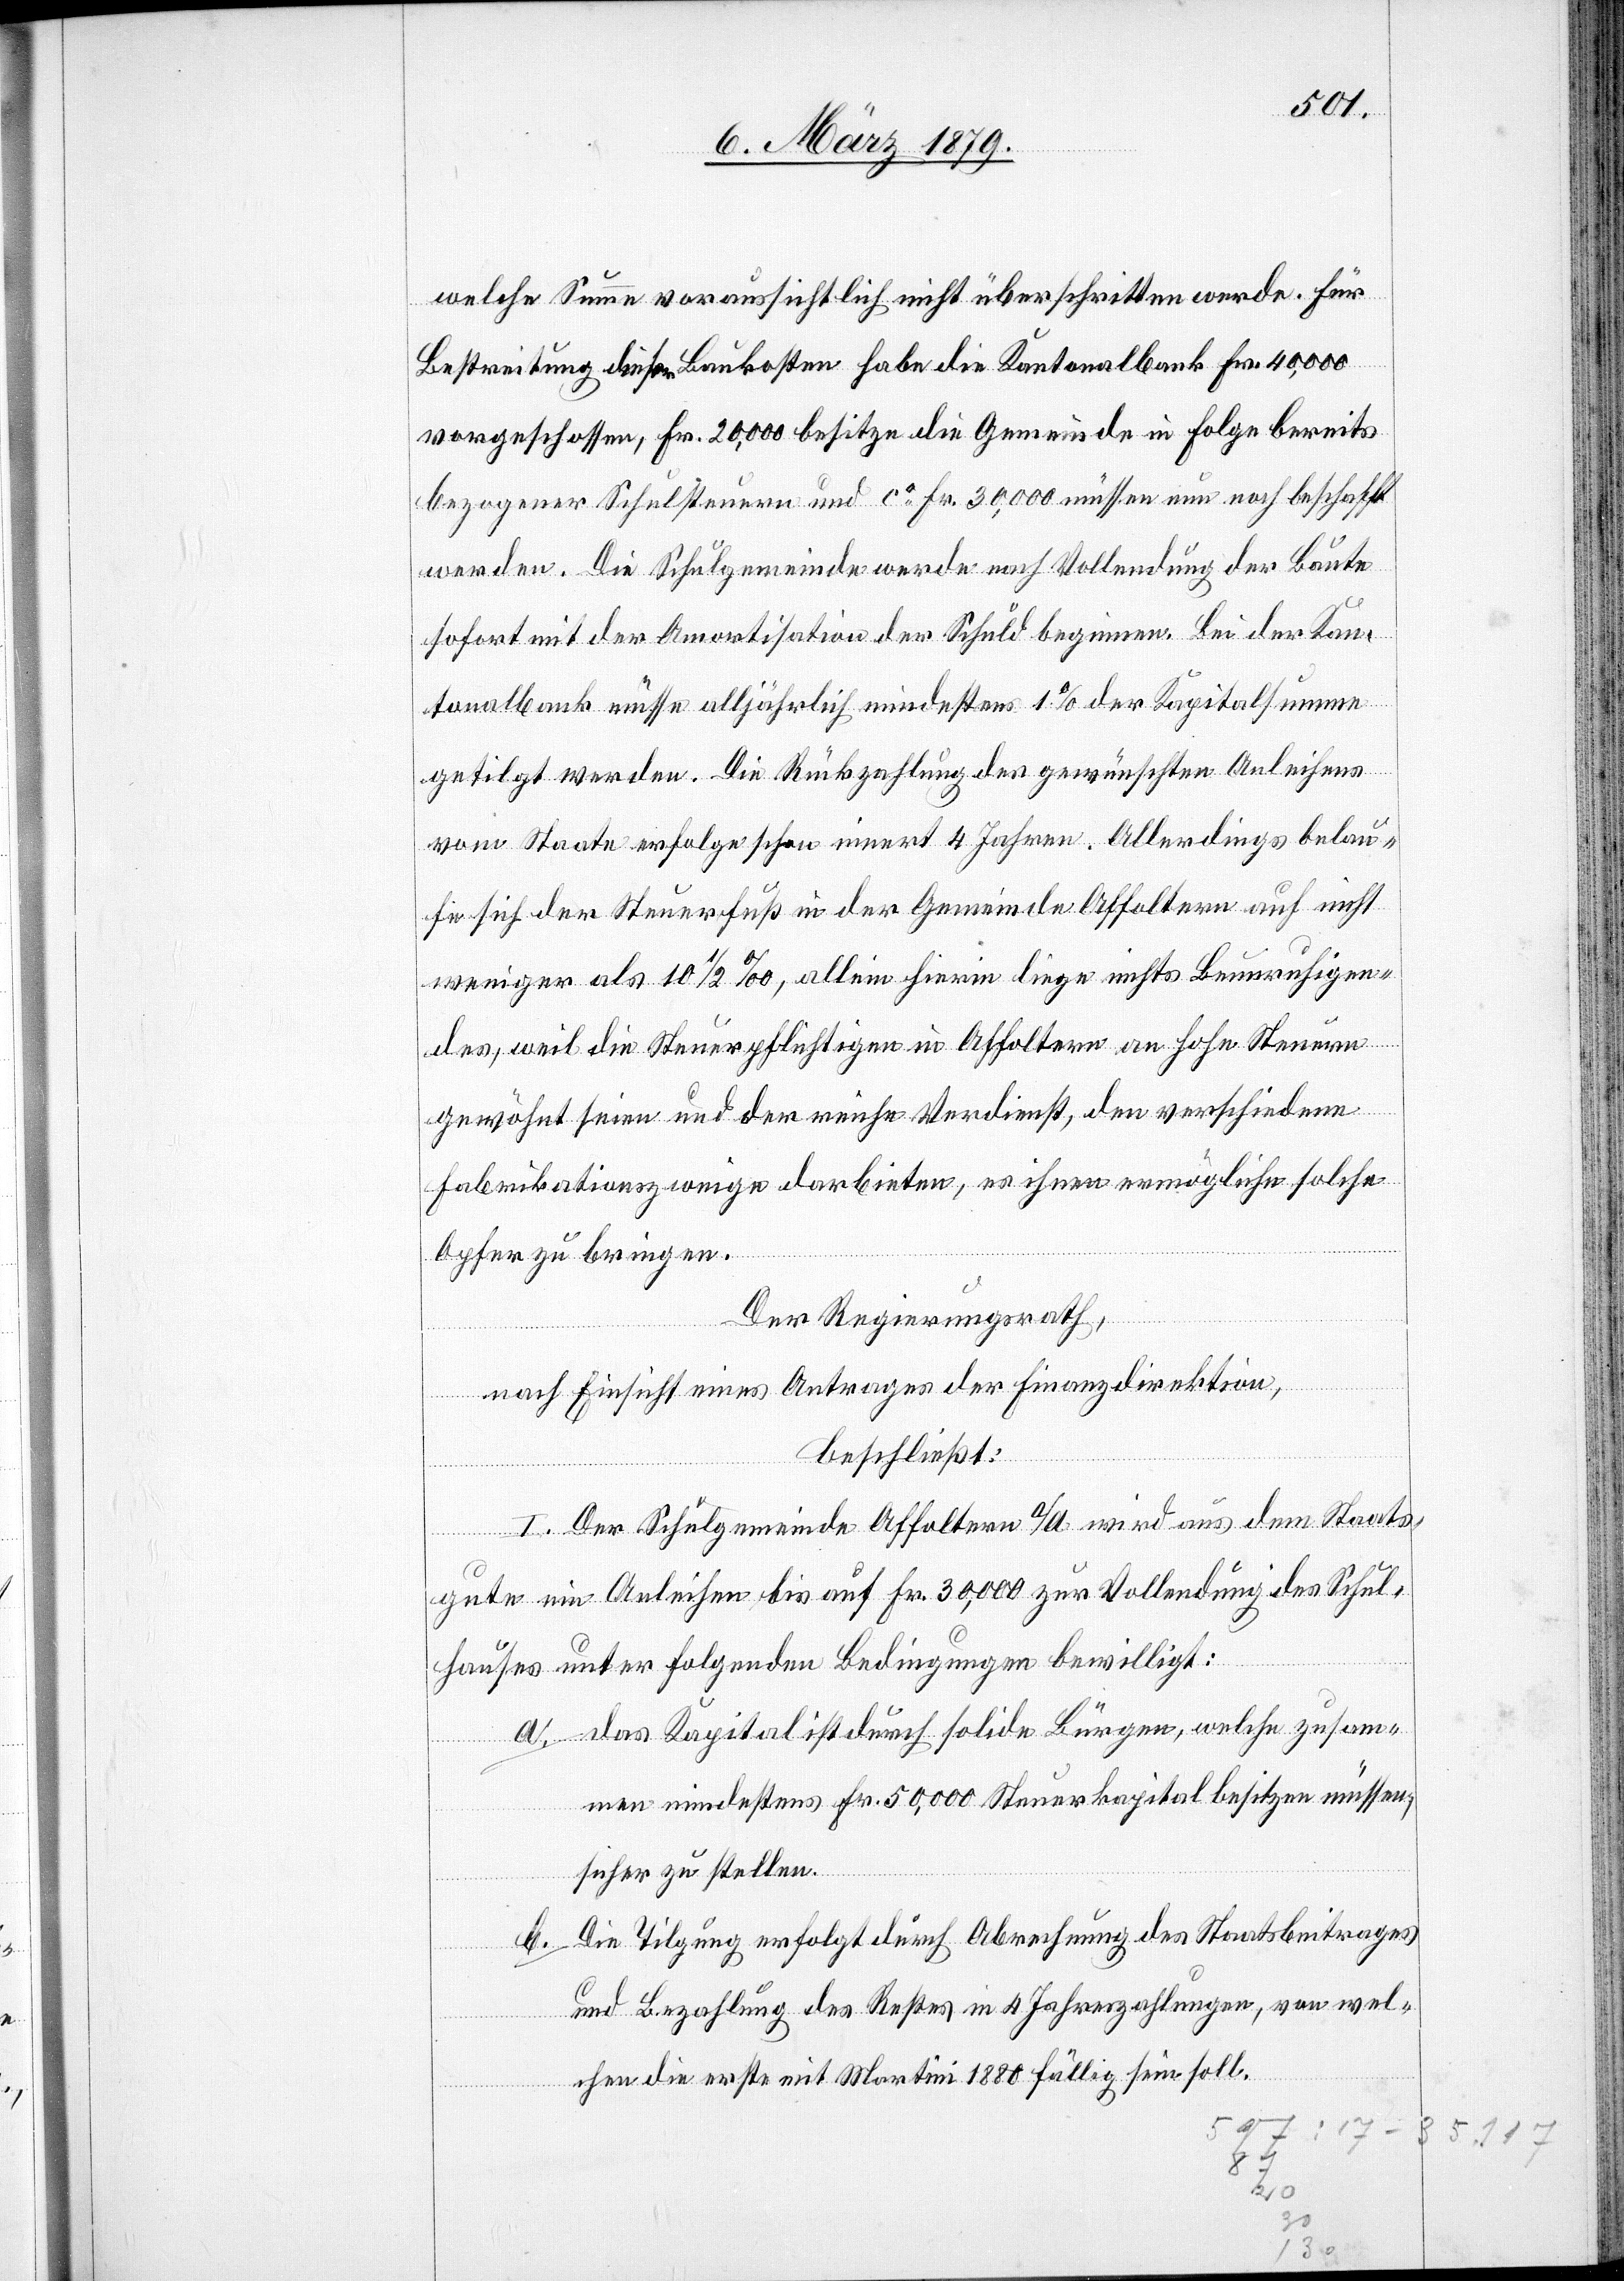
welche Summe voraussichtlich nicht überschritten werde. Für
Bestreitung dieser Baukosten habe die Kantonalbank Fr. 40,000
vorgeschossen, Fr. 20,000 besitze die Gemeinde in Folge bereits
bezogener Schulsteuern und ca Fr. 30,000 müssen nun noch beschafft
werden. Die Schulgemeinde werde nach Vollendung der Baute
sofort mit der Amortisation der Schuld beginnen. Bei der Kan¬
tonalbank müsse alljährlich mindestens 1% der Kapitalsumme
getilgt werden. Die Rückzahlung des gewünschten Anleihens
vom Staate erfolge schon innert 4 Jahren. Allerdings belau¬
fe sich der Steuerfuß in der Gemeinde Affoltern auf nicht
weniger als 10 1/2‰, allein hierin liege nichts Beunruhigen¬
des, weil die Steuerpflichtigen in Affoltern an hohe Steuern
gewöhnt seien und der reiche Verdienst, den verschiedene
Fabrikationszweige darbieten, es ihnen ermögliche, solche
Opfer zu bringen.
Der Regierungsrath,
nach Einsicht eines Antrages der Finanzdirektion,
beschließt:
I. Der Schulgemeinde Affoltern a/A. wird aus dem Staats¬
gute ein Anleihen bis auf Fr. 30,000 zur Vollendung des Schul¬
hauses unter folgenden Bedingungen bewilligt:
a. das Kapital ist durch solide Bürgen, welche zusam¬
men mindestens Fr 50,000 Steuerkapital besitzen müssen,
sicher zu stellen.
Die Tilgung erfolgt durch Abrechnung des Staatsbeitrages
und Bezahlung des Restes in 4 Jahreszahlungen, von wel¬
chen die erste mit Martini 1880 fällig sein soll.
b.